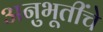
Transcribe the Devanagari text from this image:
अनुभूतींचे